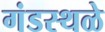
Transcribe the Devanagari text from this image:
गंडस्थळे